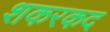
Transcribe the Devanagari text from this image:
शकरकद